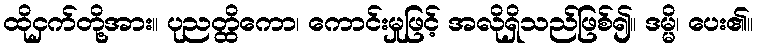
ထိုငှက်တို့အား။ ပုညတ္ထိကော၊ ကောင်းမှုဖြင့် အလိုရှိသည်ဖြစ်၍။ ဒမ္မိ၊ ပေး၏။